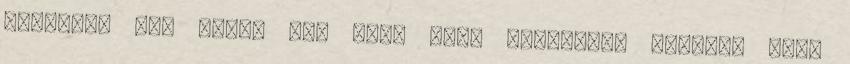
ellenük? Nem arról van szó, hogy konkrétan tudtam, hogy